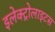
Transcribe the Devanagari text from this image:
इलेक्ट्रोलाइटस